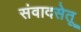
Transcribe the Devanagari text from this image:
संवादसेतू